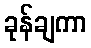
ခုန်ချကာ